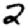
Digit: 2